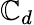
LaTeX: \mathbb{C}_{d}